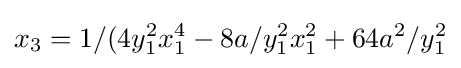
x_{3}=1/(4y_{1}^{2}x_{1}^{4}-8a/y_{1}^{2}x_{1}^{2}+64a^{2}/y_{1}^{2}